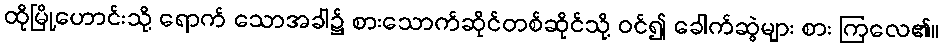
ထိုမြို့ဟောင်းသို့ ရောက် သောအခါ၌ စားသောက်ဆိုင်တစ်ဆိုင်သို့ ဝင်၍ ခေါက်ဆွဲများ စား ကြလေ၏။